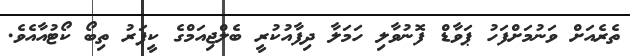
ތެރެއަށް ވަނުމަށްފަހު ޕަވާޑް ފޮނުވާލި ހަމަލާ ދިފާއުކުރީ ބެލްޖިއަމްގެ ކީޕަރު ތިބޯ ކޯޓުއާއެވެ.